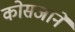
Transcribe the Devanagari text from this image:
कोसजाने